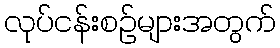
လုပ်ငန်းစဉ်များအတွက်